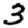
Digit: 3